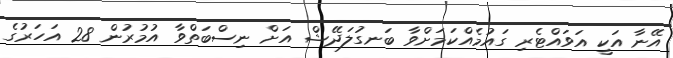
އޭނާ އަކީ އަވައްޓެރި ގައުމެއްކަމަށްވާ ބަނގުލަދޭޝް އަށް ނިސްބަތްވާ އުމުރުން 28 އަހަރުގެ